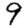
Digit: 9